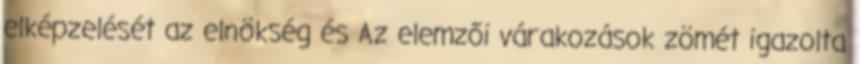
elképzelését az elnökség és Az elemzői várakozások zömét igazolta